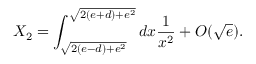
X _ { 2 } = \int _ { \sqrt { 2 ( e - d ) + e ^ { 2 } } } ^ { \sqrt { 2 ( e + d ) + e ^ { 2 } } } d x { \frac { 1 } { x ^ { 2 } } } + O ( \sqrt { e } ) .